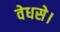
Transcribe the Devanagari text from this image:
वेधसे।